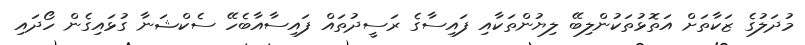
މުދަލުގެ ޒަކާތަށް އަތޮޅުތަކުންލިބޭ ލިޔުންތަކާއި ފައިސާގެ ރަސީދުތައް ފައިސާއާބެހޭ ސެކްޝަނާ ގުޅައިގެން ހޯދައި